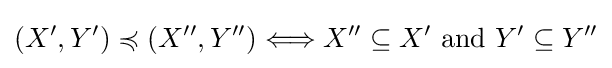
(X',Y')\preccurlyeq (X'',Y'')\Longleftrightarrow X''\subseteq X'{\text{ and }}Y'\subseteq Y''